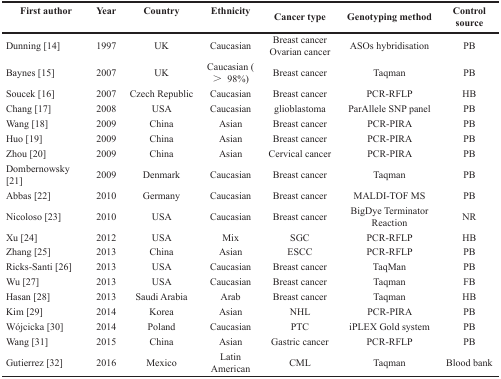
<table><thead><tr><td><b>First author</b></td><td><b>Year</b></td><td><b>Country</b></td><td><b>Ethnicity</b></td><td><b>Cancer type</b></td><td><b>Genotyping method</b></td><td><b>Control source</b></td></tr></thead><tbody><tr><td>Dunning [14]</td><td>1997</td><td>UK</td><td>Caucasian</td><td>Breast cancer Ovarian cancer</td><td>ASOs hybridisation</td><td>PB</td></tr><tr><td>Baynes [15]</td><td>2007</td><td>UK</td><td>Caucasian (&gt; 98%)</td><td>Breast cancer</td><td>Taqman</td><td>PB</td></tr><tr><td>Soucek [16]</td><td>2007</td><td>Czech Republic</td><td>Caucasian</td><td>Breast cancer</td><td>PCR-RFLP</td><td>HB</td></tr><tr><td>Chang [17]</td><td>2008</td><td>USA</td><td>Caucasian</td><td>glioblastoma</td><td>ParAllele SNP panel</td><td>PB</td></tr><tr><td>Wang [18]</td><td>2009</td><td>China</td><td>Asian</td><td>Breast cancer</td><td>PCR-PIRA</td><td>PB</td></tr><tr><td>Huo [19]</td><td>2009</td><td>China</td><td>Asian</td><td>Breast cancer</td><td>PCR-PIRA</td><td>PB</td></tr><tr><td>Zhou [20]</td><td>2009</td><td>China</td><td>Asian</td><td>Cervical cancer</td><td>PCR-PIRA</td><td>PB</td></tr><tr><td>Dombernowsky [21]</td><td>2009</td><td>Denmark</td><td>Caucasian</td><td>Breast cancer</td><td>Taqman</td><td>PB</td></tr><tr><td>Abbas [22]</td><td>2010</td><td>Germany</td><td>Caucasian</td><td>Breast cancer</td><td>MALDI-TOF MS</td><td>PB</td></tr><tr><td>Nicoloso [23]</td><td>2010</td><td>USA</td><td>Caucasian</td><td>Breast cancer</td><td>BigDye Terminator Reaction</td><td>NR</td></tr><tr><td>Xu [24]</td><td>2012</td><td>USA</td><td>Mix</td><td>SGC</td><td>PCR-RFLP</td><td>HB</td></tr><tr><td>Zhang [25]</td><td>2013</td><td>China</td><td>Asian</td><td>ESCC</td><td>PCR-RFLP</td><td>PB</td></tr><tr><td>Ricks-Santi [26]</td><td>2013</td><td>USA</td><td>Caucasian</td><td>Breast cancer</td><td>TaqMan</td><td>PB</td></tr><tr><td>Wu [27]</td><td>2013</td><td>USA</td><td>Caucasian</td><td>Breast cancer</td><td>Taqman</td><td>FB</td></tr><tr><td>Hasan [28]</td><td>2013</td><td>Saudi Arabia</td><td>Arab</td><td>Breast cancer</td><td>Taqman</td><td>HB</td></tr><tr><td>Kim [29]</td><td>2014</td><td>Korea</td><td>Asian</td><td>NHL</td><td>PCR-PIRA</td><td>PB</td></tr><tr><td>Wójcicka [30]</td><td>2014</td><td>Poland</td><td>Caucasian</td><td>PTC</td><td>iPLEX Gold system</td><td>PB</td></tr><tr><td>Wang [31]</td><td>2015</td><td>China</td><td>Asian</td><td>Gastric cancer</td><td>PCR-RFLP</td><td>PB</td></tr><tr><td>Gutierrez [32]</td><td>2016</td><td>Mexico</td><td>Latin American</td><td>CML</td><td>Taqman</td><td>Blood bank</td></tr></tbody></table>